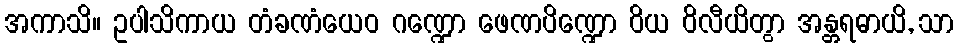
အကာသိ။ ဥပါသိကာယ တံခဏံယေဝ ဂဏ္ဍော ဖေဏပိဏ္ဍော ဝိယ ဝိလီယိတွာ အန္တရဓာယိ, သာ